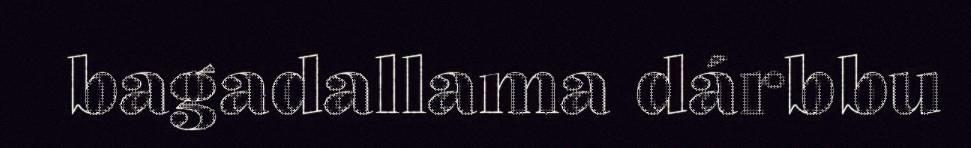
bagadallama dárbbu